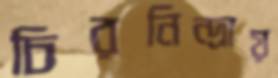
চিরনিন্দ্রায়